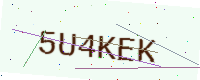
Text: 5U4KEK